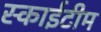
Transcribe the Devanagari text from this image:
स्‍काईटीम